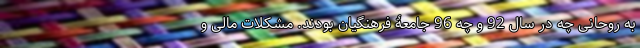
به روحانی چه در سال 92 و چه 96 جامعۀ فرهنگیان بودند. مشکلات مالی و